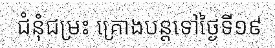
ជំនុំជម្រះ គ្រោងបន្តទៅថ្ងៃទី១៩